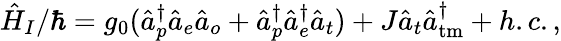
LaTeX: \hat{H}_{I}/\hbar=g_{0}(\hat{a}_{p}^{\dagger}\hat{a}_{e}\hat{a}_{o}+\hat{a}_{p}^{\dagger}\hat{a}_{e}^{\dagger}\hat{a}_{t})+J\hat{a}_{t}\hat{a}_{\mathrm{tm}}^{\dagger}+h.c.,